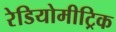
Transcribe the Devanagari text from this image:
रेडियोमीट्रिक